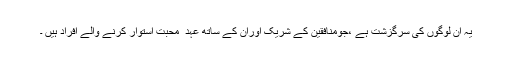
یہ ان لوگوں کی سرگزشت ہے ،جومنافقین کے شریک اوران کے ساتھ عہد ِ محبت استوار کرنے والے افراد ہیں ۔